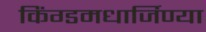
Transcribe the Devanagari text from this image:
किंग्डमधार्जिण्या